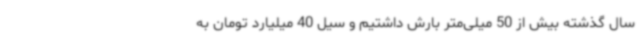
سال گذشته بیش از 50 میلی‌متر بارش داشتیم و سیل 40 میلیارد تومان به